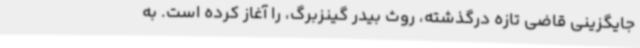
جایگزینی قاضی تازه درگذشته، روث بیدر گینزبرگ، را آغاز کرده است. به